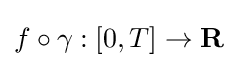
f\circ \gamma :[0,T]\to \mathbf {R}